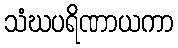
သံဃပရိဏာယကာ